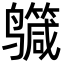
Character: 𪉕